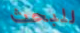
للبحث